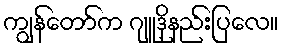
ကျွန်တော်က ဂျူဒိုနည်းပြလေ။